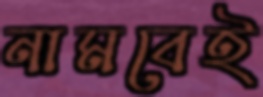
নামবেই